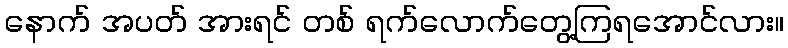
နောက် အပတ် အားရင် တစ် ရက်လောက်တွေ့ကြရအောင်လား။